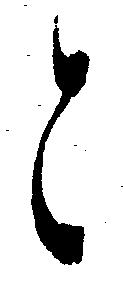
こ